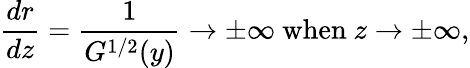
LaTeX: \frac{dr}{dz}=\frac{1}{G^{1/2}(y)}\to\pm\infty\mathrm{~when~}z\to\pm\infty,